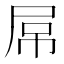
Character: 屌